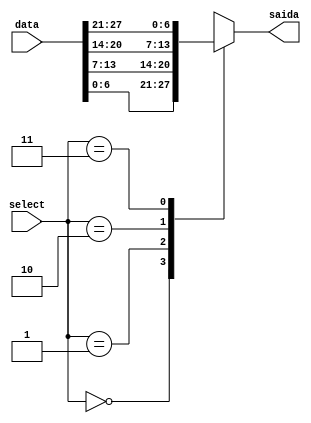
module mux28x7 (
    input [27:0] data,
    input [1:0] select,
    output reg [6:0] saida
);
    always @(select,data) begin
        case (select)
            2'b00: saida <= data[6:0];
            2'b01: saida <= data[13:7];
            2'b10: saida <= data[20:14];
            2'b11: saida <= data[27:21];
				default saida <= 28'b000000000000000000000000000;
        endcase
    end
endmodule